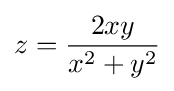
z={\frac {2xy}{x^{2}+y^{2}}}